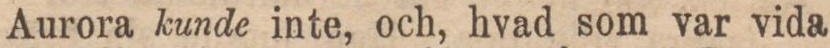
Aurora kunde inte, och, hvad som var vida